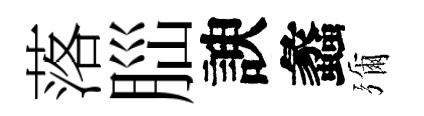
落𦛁諛蠡彌